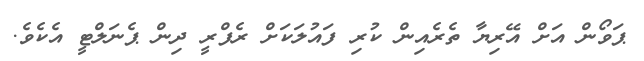
ޕަވޯން އަށް އޭރިޔާ ތެރެއިން ކުރި ފައުލަކަށް ރެފްރީ ދިން ޕެނަލްޓީ އެކެވެ.